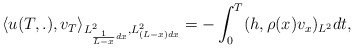
\begin{align*}\langle u(T,.), v_T\rangle _{L^2_{ \frac{1}{L-x} dx }, L^2_{(L-x)dx}}=-\int_0^T (h,\rho (x)v_x)_{L^2}dt,\end{align*}